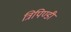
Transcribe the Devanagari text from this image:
त्रिपिण्डी